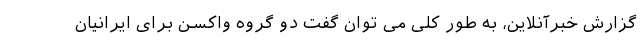
گزارش خبرآنلاین، به طور کلی می توان گفت دو گروه واکسن برای ایرانیان